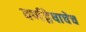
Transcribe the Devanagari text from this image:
वर्णद्वेषाचेच